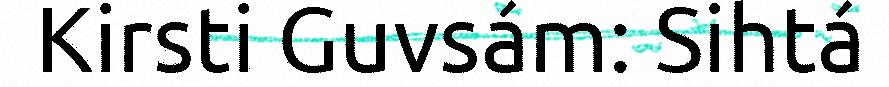
Kirsti Guvsám: Sihtá